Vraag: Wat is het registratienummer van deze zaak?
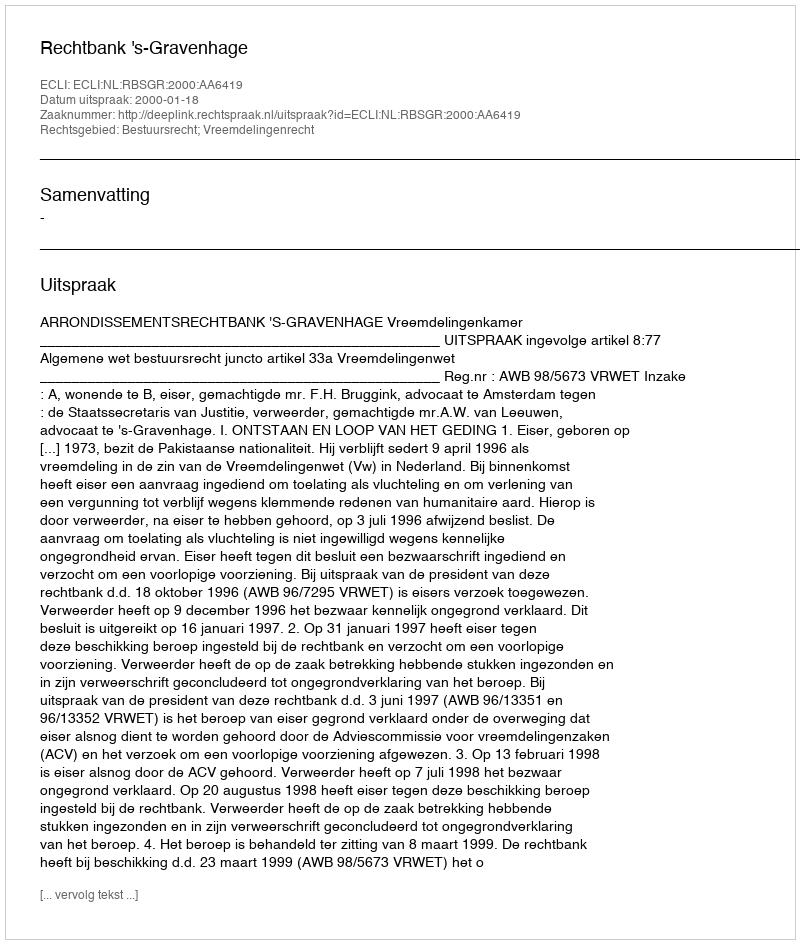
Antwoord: http://deeplink.rechtspraak.nl/uitspraak?id=ECLI:NL:RBSGR:2000:AA6419